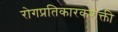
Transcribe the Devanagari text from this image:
रोगप्रतिकारकशक्ती